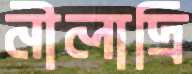
নীলাদ্রি